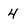
Character: 4